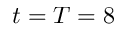
t = T = 8